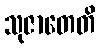
သုဇာတေတိ